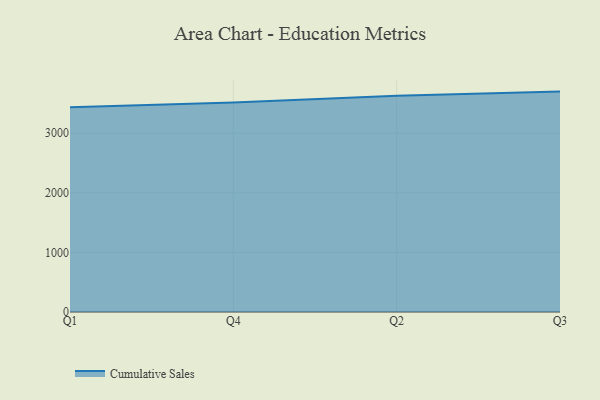
{"axis": {"x": "Quarter", "y": "Humidity (%)"}, "legend": ["Cumulative Sales"], "data": [{"x": "Q1", "y": 3436.9, "type": "Cumulative Sales"}, {"x": "Q4", "y": 3516.4, "type": "Cumulative Sales"}, {"x": "Q2", "y": 3629.3, "type": "Cumulative Sales"}, {"x": "Q3", "y": 3697.4, "type": "Cumulative Sales"}]}